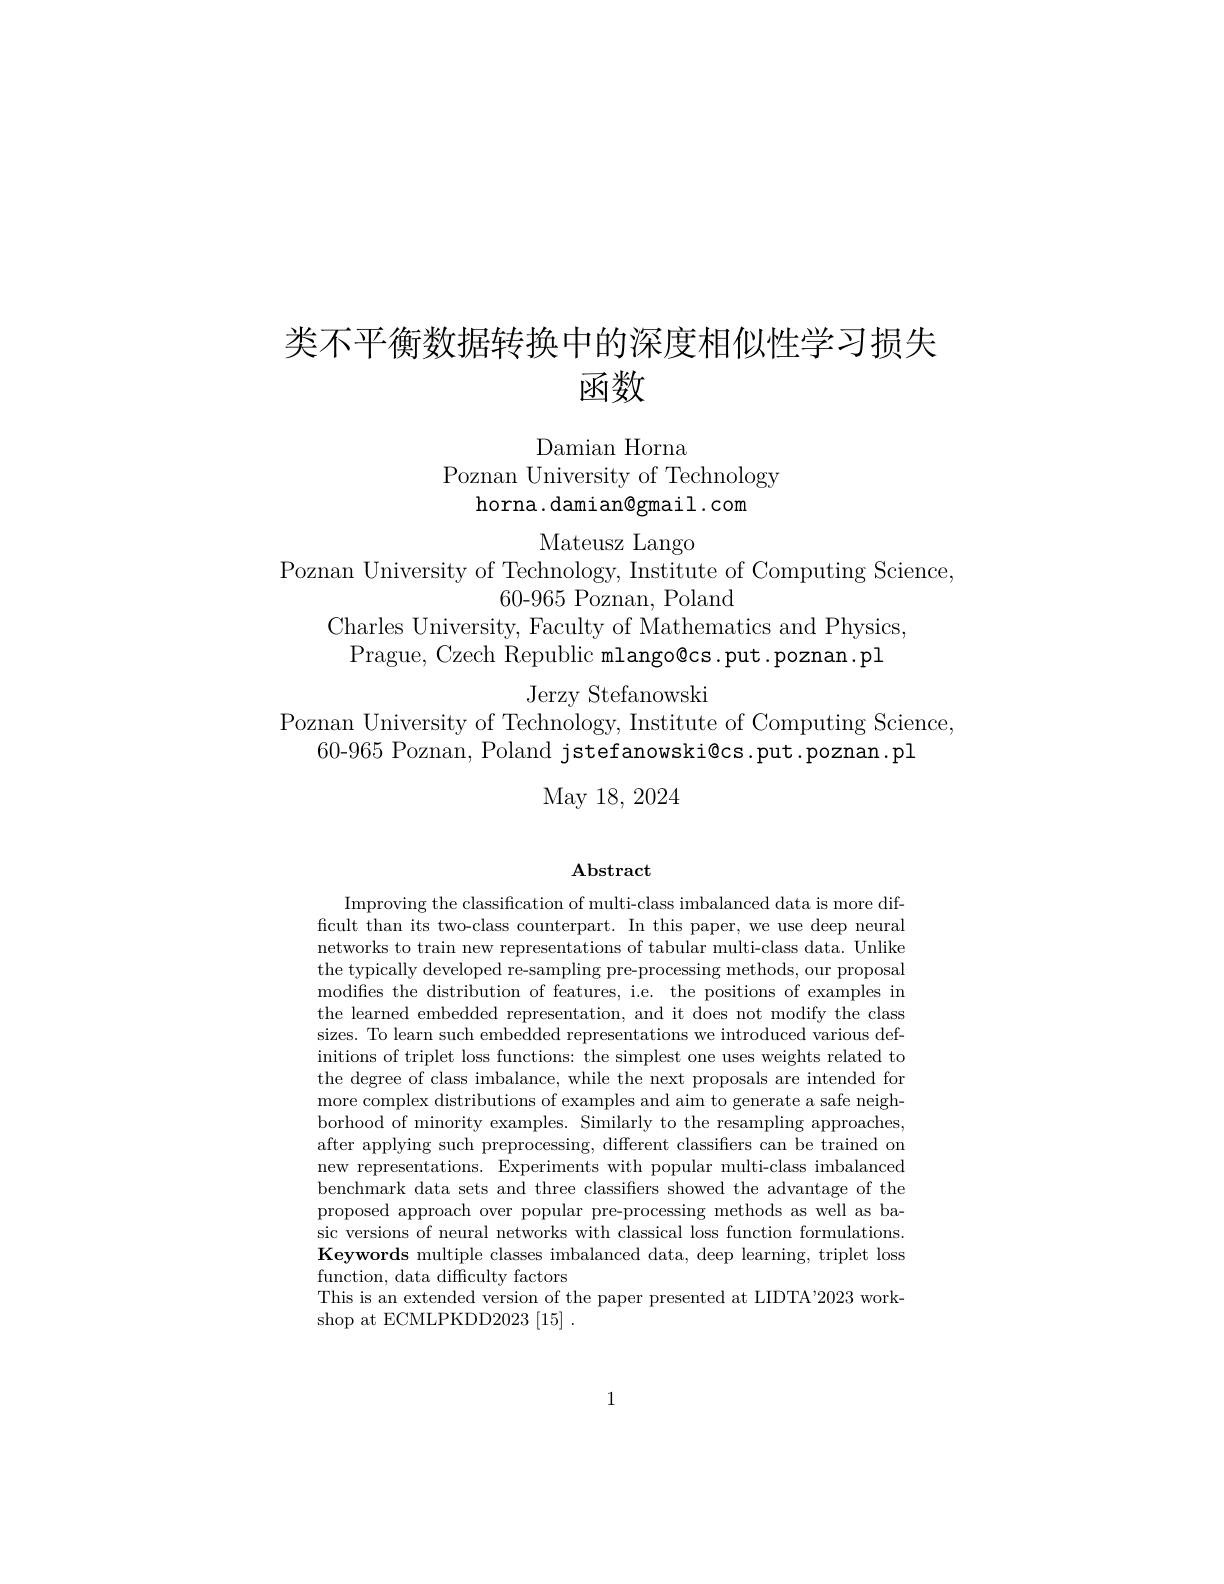
# 类不平衡数据转换中的深度相似性学习损失函数

Damian Horna
Poznan University of Technology
horna.damian@gmail.com

Mateusz Lango

Poznan University of Technology, Institute of Computing Science,
60-965 Poznan, Poland
Charles University, Faculty of Mathematics and Physics
Prague, Czech Republic mlango@cs.put.poznan.pl

Jerzy Stefanowski
Poznan University of Technology, Institute of Computing Science,
60-965 Poznan, Poland jstefanowski@cs.put.poznan.pl
May 18, 2024

$\mathbf{Abstract}$

Improving the classification of multi-class imbalanced data is more difficult than its two-class counterpart. In this paper, we use deep neural networks to train new representations of tabular multi-class data. Unlike the typically developed re-sampling pre-processing methods, our proposal modifes the distribution of features, i.e. the positions of examples in the learned embedded representation, and it does not modify the class sizes. To learn such embedded representations we introduced various definitions of triplet loss functions: the simplest one uses weights related to the degree of class imbalance, while the next proposals are intended for more complex distributions of examples and aim to generate a safe neighborhood of minority examples. Similarly to the resampling approaches, after applying such preprocessing, different classifiers can be trained on new representations. Experiments with popular multi-class imbalanced benchmark data sets and three classifiers showed the advantage of the proposed approach over popular pre-processing methods as well as basic versions of neural networks with classical loss function formulations. Keywords multiple classes imbalanced data, deep learning, triplet loss function, data difficulty factors
This is an extended version of the paper presented at LIDTA'2023 work-
shop at ECMLPKDD2023 [15] .

1